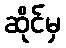
ဆိုင်မှ